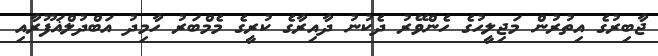
ޖާބިރުގެ އިތުރުން މަޖިލީހުގެ ހެންވޭރު ދެކުނު ދާއިރާގެ ކުރީގެ މެމްބަރު ހާމިދު އަބްދުލްޣަފޫރާއި